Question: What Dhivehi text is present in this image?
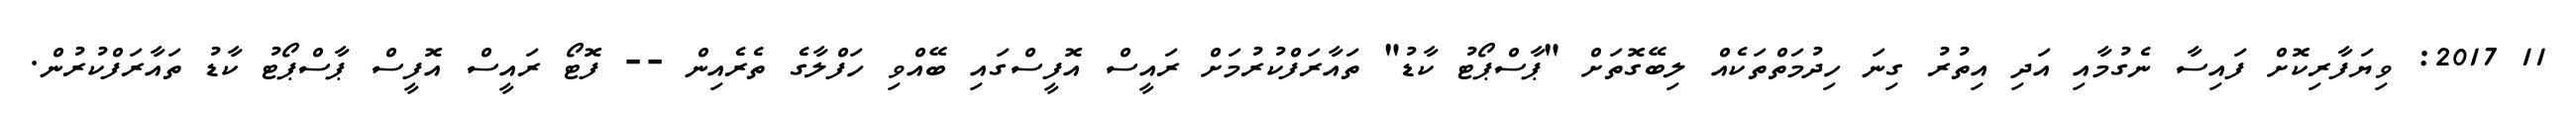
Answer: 11 2017: ވިޔަފާރިކޮށް ފައިސާ ނެގުމާއި އަދި އިތުރު ގިނަ ހިދުމަތްތަކެއް ލިބޭގޮތަށް "ޕާސްޕޯޓު ކާޑު" ތައާރަފްކުރުމަށް ރައީސް އޮފީސްގައި ބޭއްވި ހަފްލާގެ ތެރެއިން -- ފޮޓޯ ރައީސް އޮފީސް ޕާސްޕޯޓު ކާޑު ތައާރަފްކުރުން.